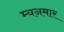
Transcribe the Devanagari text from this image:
म्यनमार